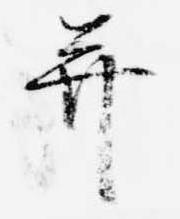
并